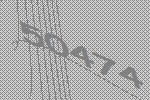
50474